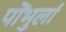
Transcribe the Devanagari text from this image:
पोंभुर्ला